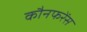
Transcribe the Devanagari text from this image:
कौनफरेंस